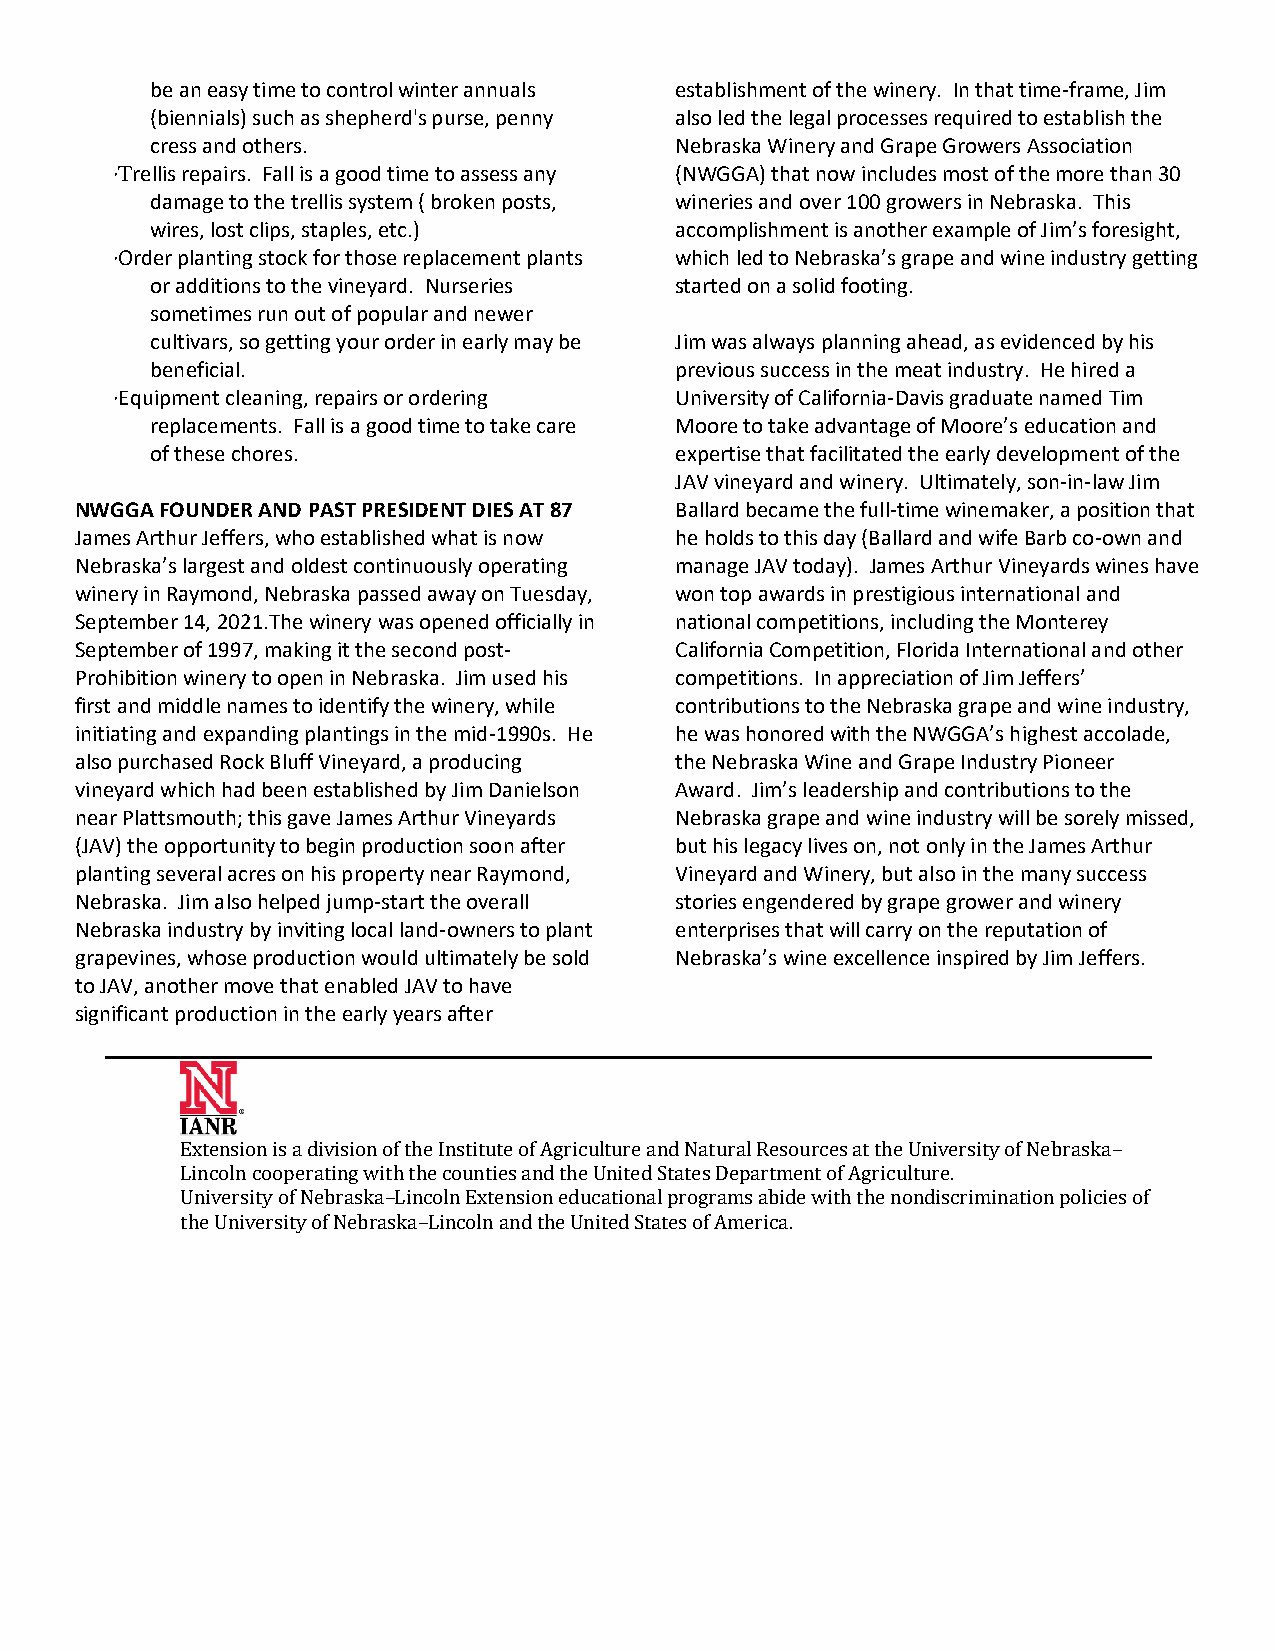
be an easy time to control winter annuals establishment of the winery. In that time-frame, Jim
 (biennials) such as shepherd's purse, penny also led the legal processes required to establish the
 cress and others.                  Nebraska Winery and Grape Growers Association
 ·Trellis repairs. Fall is a good time to assess any (NWGGA) that now includes most of the more than 30
 damage to the trellis system ( broken posts, wineries and over 100 growers in Nebraska. This
 wires, lost clips, staples, etc.)  accomplishment is another example of Jim’s foresight,
 ·Order planting stock for those replacement plants which led to Nebraska’s grape and wine industry getting
 or additions to the vineyard. Nurseries started on a solid footing.
 sometimes run out of popular and newer
 cultivars, so getting your order in early may be Jim was always planning ahead, as evidenced by his
 beneficial.                        previous success in the meat industry. He hired a
 ·Equipment cleaning, repairs or ordering University of California-Davis graduate named Tim
 replacements. Fall is a good time to take care Moore to take advantage of Moore’s education and
 of these chores.                   expertise that facilitated the early development of the
 JAV vineyard and winery. Ultimately, son-in-law Jim
 NWGGA FOUNDER AND PAST PRESIDENT DIES AT 87 Ballard became the full-time winemaker, a position that
 James Arthur Jeffers, who established what is now he holds to this day (Ballard and wife Barb co-own and
 Nebraska’s largest and oldest continuously operating manage JAV today). James Arthur Vineyards wines have
 winery in Raymond, Nebraska passed away on Tuesday, won top awards in prestigious international and
 September 14, 2021.The winery was opened officially in national competitions, including the Monterey
 September of 1997, making it the second post- California Competition, Florida International and other
 Prohibition winery to open in Nebraska. Jim used his competitions. In appreciation of Jim Jeffers’
 first and middle names to identify the winery, while contributions to the Nebraska grape and wine industry,
 initiating and expanding plantings in the mid-1990s. He he was honored with the NWGGA’s highest accolade,
 also purchased Rock Bluff Vineyard, a producing the Nebraska Wine and Grape Industry Pioneer
 vineyard which had been established by Jim Danielson Award. Jim’s leadership and contributions to the
 near Plattsmouth; this gave James Arthur Vineyards Nebraska grape and wine industry will be sorely missed,
 (JAV) the opportunity to begin production soon after but his legacy lives on, not only in the James Arthur
 planting several acres on his property near Raymond, Vineyard and Winery, but also in the many success
 Nebraska. Jim also helped jump-start the overall stories engendered by grape grower and winery
 Nebraska industry by inviting local land-owners to plant enterprises that will carry on the reputation of
 grapevines, whose production would ultimately be sold Nebraska’s wine excellence inspired by Jim Jeffers.
 to JAV, another move that enabled JAV to have
 significant production in the early years after
 _________________________________________________________________________________________________
 Extension is a division of the Institute of Agriculture and Natural Resources at the University of Nebraska–
 Lincoln cooperating with the counties and the United States Department of Agriculture.
 University of Nebraska–Lincoln Extension educational programs abide with the nondiscrimination policies of
 the University of Nebraska–Lincoln and the United States of America.